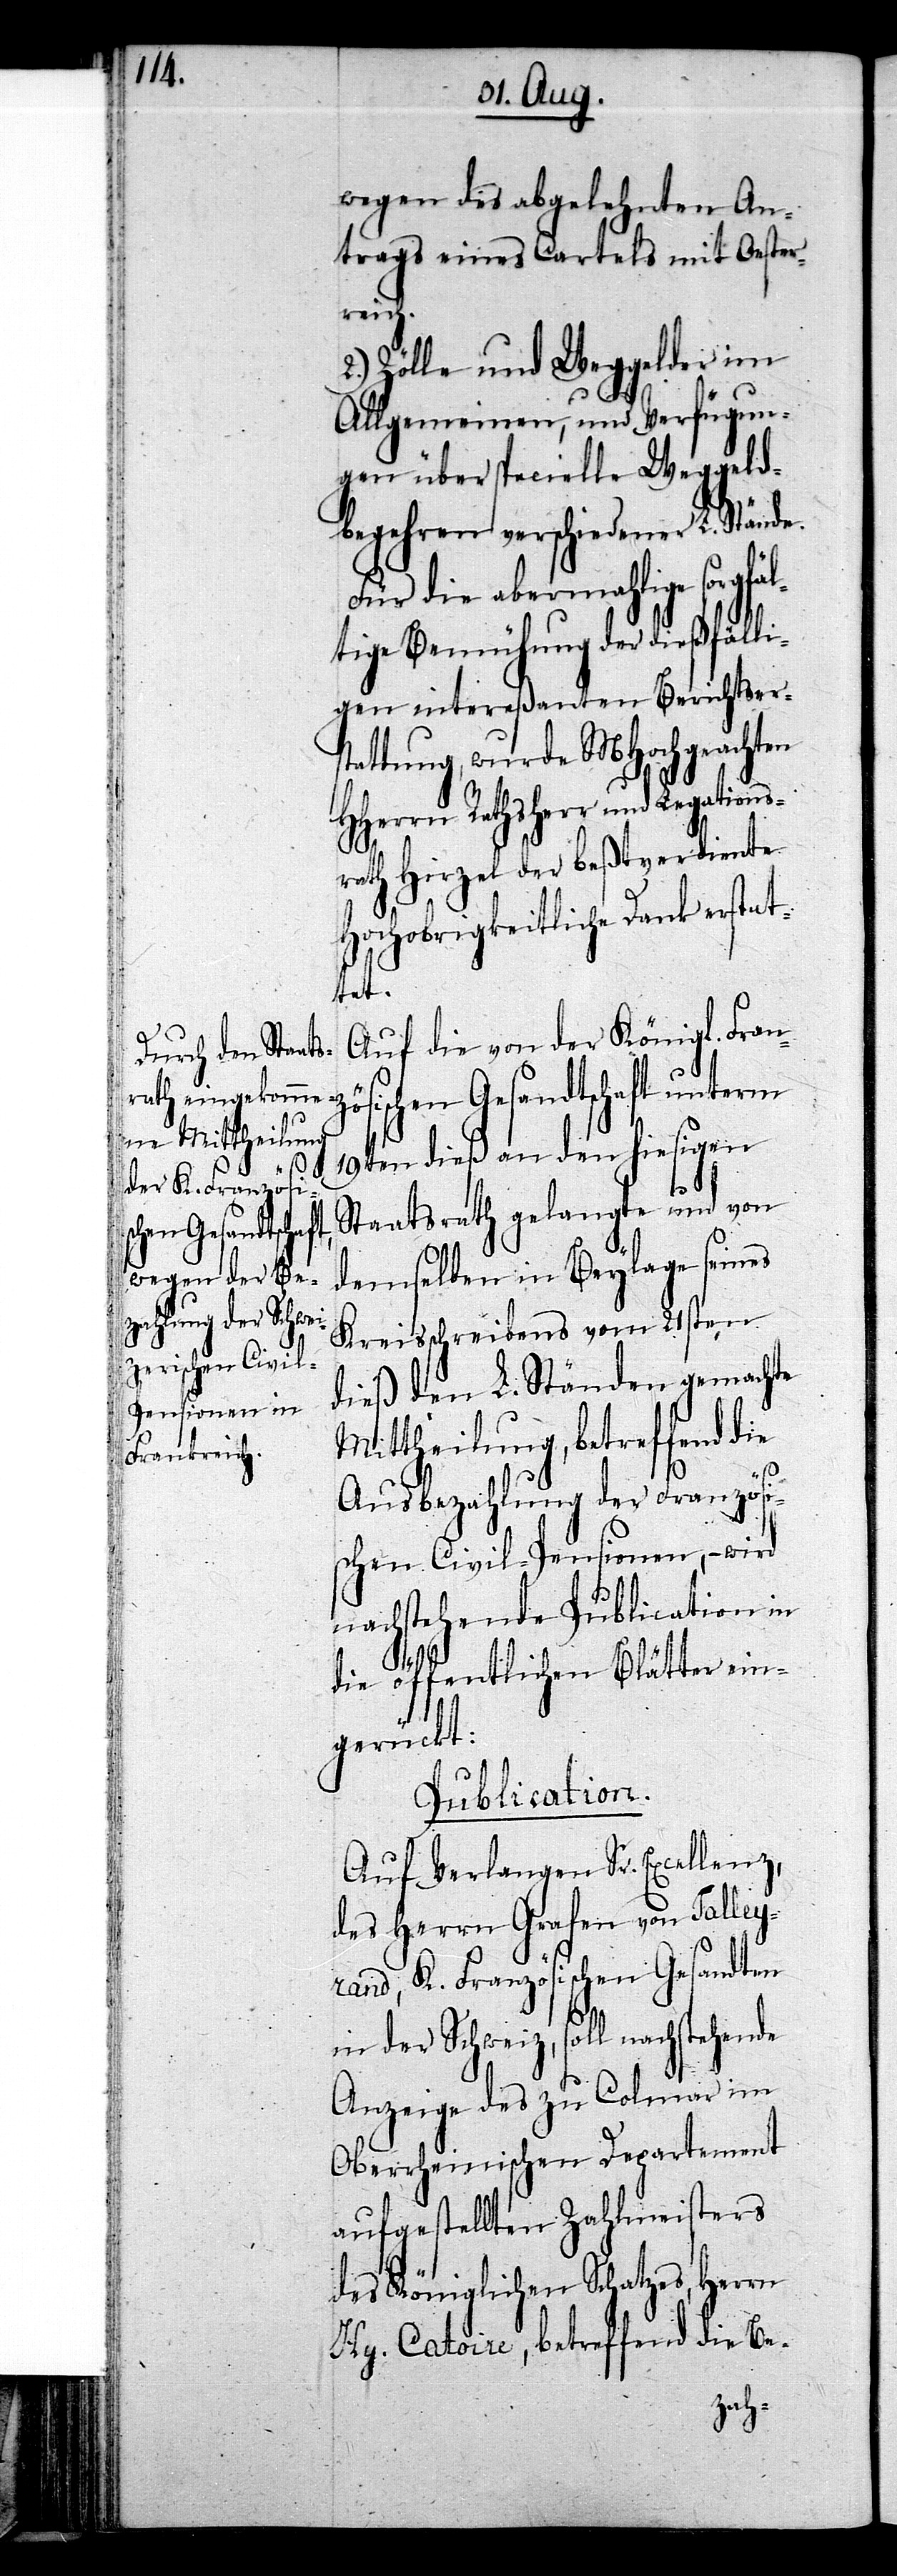
wegen des abgelehnten An¬
trags eines Cartels mit Oester¬
reich.
2.) Zölle und Weggelder im
Allgemeinen, und Verfügun¬
gen über specielle Weggeld¬
begehren verschiedener L. Stände
Für die abermahlige sorgfäl¬
tige Bemühung der dießfälli¬
gen intereßanten Berichtsers¬
tattung, wurde MHochgeachten
HHerrn Rathsherr und Legations¬
rath Hirzel der beßtverdiente
Hochobrigkeitliche Dank erstat¬
tet.
Auf die von der Königl. Franz¬
ösischen Gesandtschaft unterm
19ten dieß an den hiesigen
Staatsrath gelangte und von
demselben in Beylage seines
Kreisschreibens vom 21sten
dieß den L. Ständen gemachte
Mittheilung, betreffend die
Ausbezahlung der Französi¬
schen Civil-Pensionen, – wird
nachstehende Publication in
die öffentlichen Blätter ein¬
gerückt:
Publication.
Auf Verlangen Sr. Excellenz,
des Herrn Grafen von Talley¬
rand, K. Französischen Gesandten
in der Schweiz, soll nachstehende
Anzeige des zu Colmar im
Oberrheinischen Departement
aufgestellten Zahlmeisters
des Königlichen Schatzes, Herrn
Hy. Catoire, betreffend die Be-